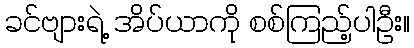
ခင်ဗျားရဲ့ အိပ်ယာကို စစ်ကြည့်ပါဦး။